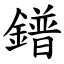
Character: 鐠